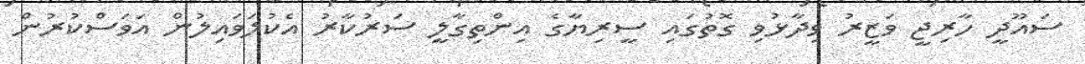
ސައޫދީ ހާރިޖީ ވަޒީރު ވިދާޅުވި ގޮތުގައި ސީރިޔާގެ އިންތިގާލީ ސަރުކާރު އެކުލަވައިލުން އަވަސްކުރުން